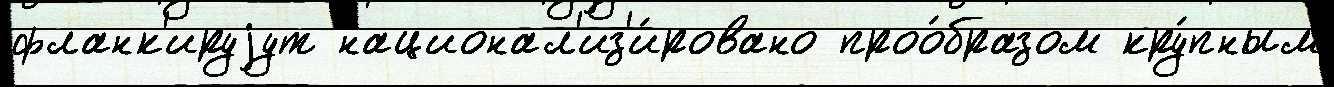
фланк'ируjут национал'из'и́ровано проо́бразом кру́пным